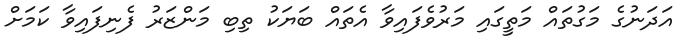
އަދަނުގެ މަގުތައް މަތީގައި މަރުވެފައިވާ އެތައް ބަޔަކު ތިބި މަންޒަރު ފެނިފައިވާ ކަމަަށް